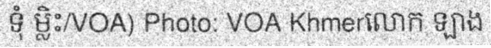
ទុំ ម្លិះ/VOA) Photo: VOA Khmerលោក ឡាង